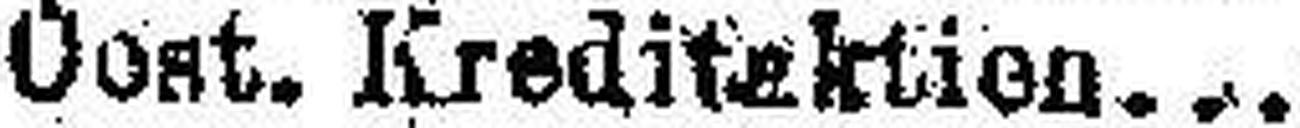
Oest. Kreditaktion...